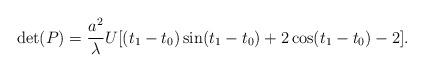
LaTeX: \begin{align*}\det(P)=\frac{a^2}{\lambda}U[(t_1-t_0)\sin (t_1- t_0)+2\cos(t_1-t_0)-2].\end{align*}